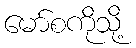
မော်စကိုသို့